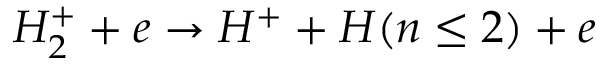
H _ { 2 } ^ { + } + e \rightarrow H ^ { + } + H ( n \leq 2 ) + e